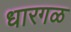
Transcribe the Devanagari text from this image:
धारगळ